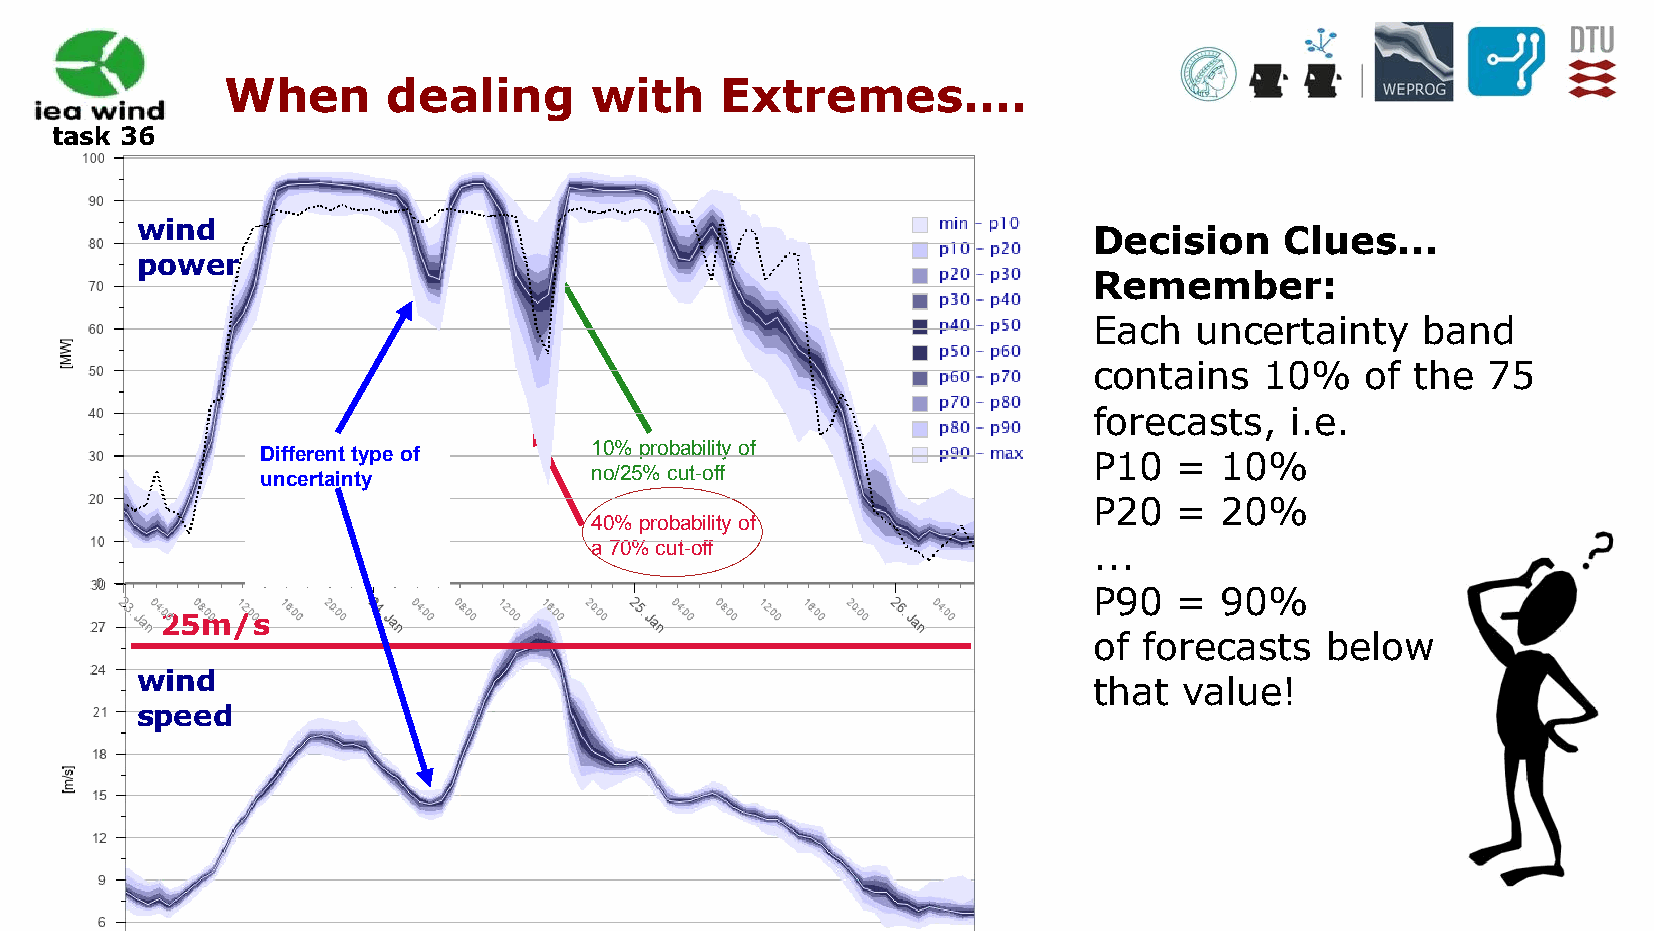
When       dealing      with     Extremes….
 task 36
 wind
 Decision     Clues...
 power
 Remember:
 Each   uncertainty    band
 contains    10%   of  the 75
 forecasts,   i.e.
 Different type of     10% probability of               P10   =  10%
 no/25% cut-off
 uncertainty
 P20   =  20%
 40% probability of
 a 70% cut-off                    ...
 P90   =  90%
 25m/s
 of  forecasts   below
 wind
 that  value!
 speed